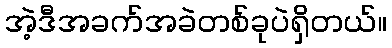
အဲ့ဒီအခက်အခဲတစ်ခုပဲရှိတယ်။